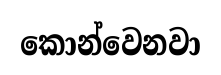
කොන්වෙනවා